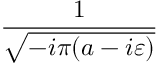
\frac { 1 } { \sqrt { - i \pi ( a - i \varepsilon ) } }